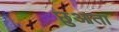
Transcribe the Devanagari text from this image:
छुआता